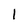
Character: 1